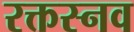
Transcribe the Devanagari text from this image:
रक्तस्नव